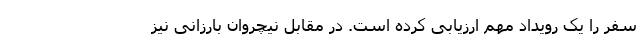
سفر را یک رویداد مهم ارزیابی کرده است. در مقابل نیچروان بارزانی نیز